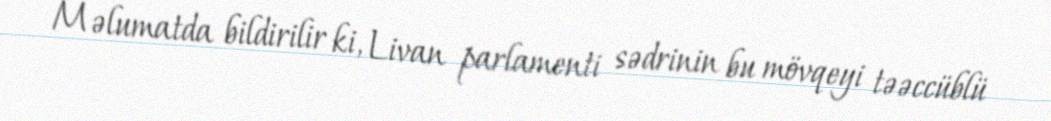
Məlumatda bildirilir ki, Livan parlamenti sədrinin bu mövqeyi təəccüblü